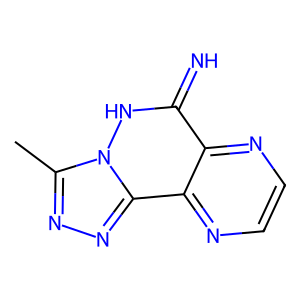
SMILES: Cc1nnc2c3nccnc3c(=N)[nH]n12
Inhibits HIV replication: No